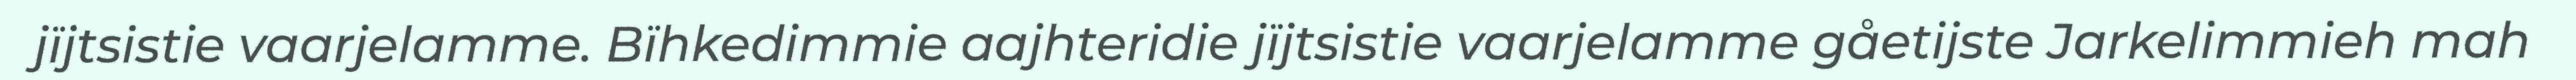
jïjtsistie vaarjelamme. Bïhkedimmie aajhteridie jïjtsistie vaarjelamme gåetijste Jarkelimmieh mah